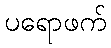
ပရောဖက်